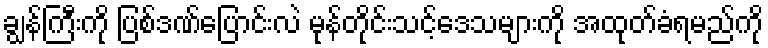
ချွန်ကြီးကို ပြစ်ဒဏ်ပြောင်းလဲ မုန်တိုင်းသင့်ဒေသများကို အထုတ်ခံရမည်ကို